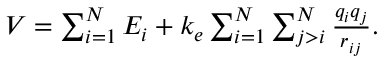
\begin{array} { r } { V = \sum _ { i = 1 } ^ { N } E _ { i } + k _ { e } \sum _ { i = 1 } ^ { N } \sum _ { j > i } ^ { N } \frac { q _ { i } q _ { j } } { r _ { i j } } . } \end{array}